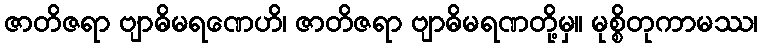
ဇာတိဇရာ ဗျာဓိမရဏေဟိ၊ ဇာတိဇရာ ဗျာဓိမရဏတို့မှ။ မုစ္စိတုကာမဿ၊